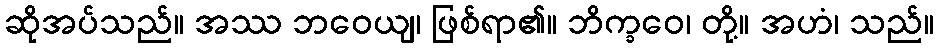
ဆိုအပ်သည်။ အဿ ဘဝေယျ၊ ဖြစ်ရာ၏။ ဘိက္ခဝေ၊ တို့။ အဟံ၊ သည်။